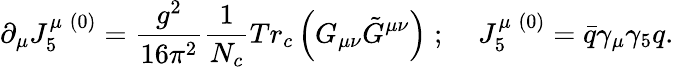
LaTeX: \partial_{\mu}J_{5}^{\mu\; (0)}=\frac{g^{2}}{16\pi^{2}}\frac{1}{N_{c}}Tr_{c}\left({G_{\mu\nu}{\tilde{G}}^{\mu\nu}}\right)\; ;\; \; \; \; J_{5}^{\mu\; (0)}=\bar{q}\gamma_{\mu}\gamma_{5}q.